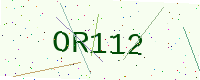
Text: OR112